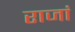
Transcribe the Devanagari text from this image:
राजां